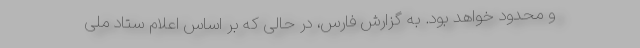
و محدود خواهد بود. به گزارش فارس، در حالی که بر اساس اعلام ستاد ملی